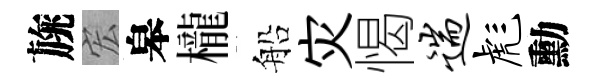
旐宏皋櫳船灾愒遄彪勳